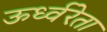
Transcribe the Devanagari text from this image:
ऊर्ध्वरेता